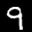
Label: 9